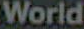
World